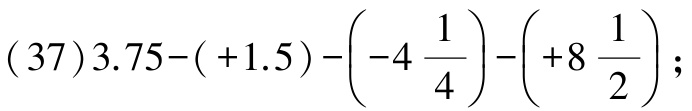
\((37)3.75-( + 1.5)-\left(-4\frac{1}{4}\right)-\left(+8\frac{1}{2}\right);\)